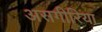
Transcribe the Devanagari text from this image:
असगीरिया